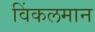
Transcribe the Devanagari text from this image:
विंकलमान